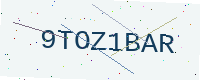
Text: 9TOZ1BAR